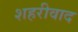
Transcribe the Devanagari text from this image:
शहरीवाद